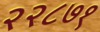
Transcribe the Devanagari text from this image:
२२८७१